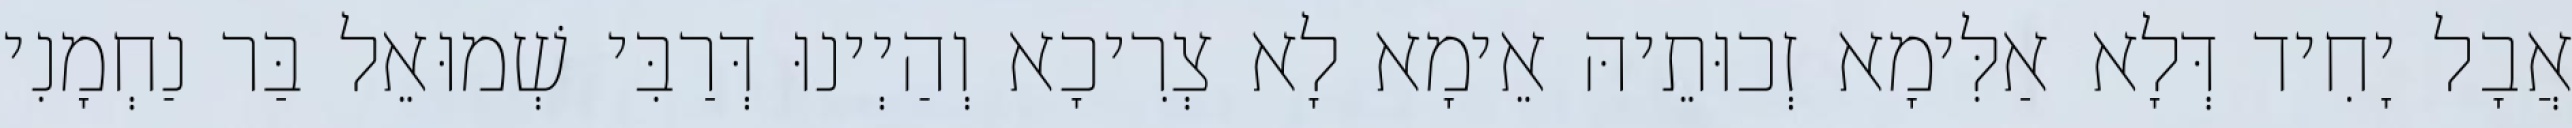
אֲבָל יָחִיד דְּלָא אַלִּימָא זְכוּתֵיהּ אֵימָא לָא צְרִיכָא וְהַיְינוּ דְּרַבִּי שְׁמוּאֵל בַּר נַחְמָנִי